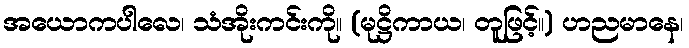
အယောကပါလေ၊ သံအိုးကင်းကို။ (မုဋ္ဌိကာယ၊ တူဖြင့်။) ဟညမာနေ၊